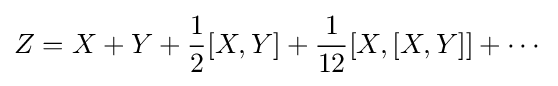
Z=X+Y+{\frac {1}{2}}[X,Y]+{\frac {1}{12}}[X,[X,Y]]+\cdots